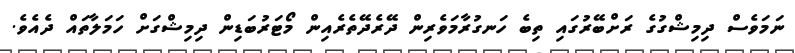
ނަމަވެސް ދިމިޝްގުގެ ރަށްބޭރުގައި ތިބެ ހަނގުރާމަވެރިން ދޭރެދޭތެރެއިން މޯޓަރުބަޑިން ދިމިޝްގަށް ހަމަލާތައް ދެއެވެ.